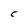
Character: C